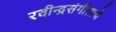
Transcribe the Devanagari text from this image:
रवीन्द्रसंगीताचे